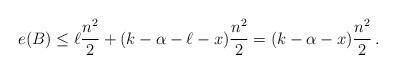
LaTeX: \begin{align*}e(B) \leq \ell\frac{n^2}{2} + (k-\alpha-\ell-x)\frac{n^2}{2} =(k-\alpha - x)\frac{n^2}{2}\,.\end{align*}